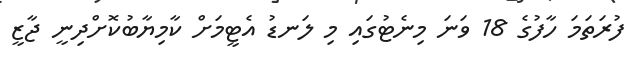
ފުރަތަމަ ހާފުގެ 18 ވަނަ މިނެޓުގައި މި ލަނޑު އެޓީމަށް ކާމިޔާބުކޮށްދިނީ ޖާޒީ